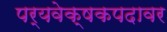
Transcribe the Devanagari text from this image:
पर्यवेक्षकपदावर